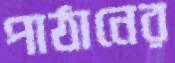
পাঠানের